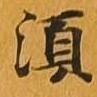
須